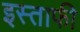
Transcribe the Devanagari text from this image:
इस्ताफी